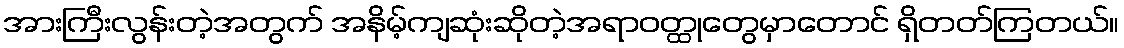
အားကြီးလွန်းတဲ့အတွက် အနိမ့်ကျဆုံးဆိုတဲ့အရာဝတ္ထုတွေမှာတောင် ရှိတတ်ကြတယ်။